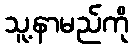
သူ့နာမည်ကို